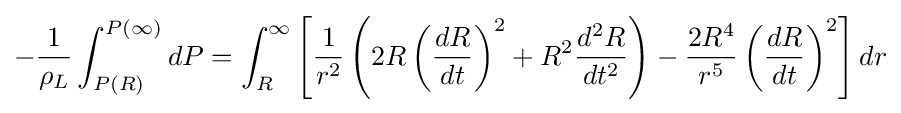
-{\frac {1}{\rho _{L}}}\int _{P(R)}^{P(\infty )}dP=\int _{R}^{\infty }\left[{\frac {1}{r^{2}}}\left(2R\left({\frac {dR}{dt}}\right)^{2}+R^{2}{\frac {d^{2}R}{dt^{2}}}\right)-{\frac {2R^{4}}{r^{5}}}\left({\frac {dR}{dt}}\right)^{2}\right]dr